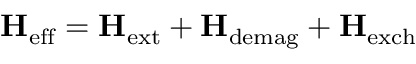
\mathbf { H } _ { \mathrm { e f f } } = \mathbf { H } _ { \mathrm { e x t } } + \mathbf { H } _ { \mathrm { d e m a g } } + \mathbf { H } _ { \mathrm { e x c h } }